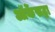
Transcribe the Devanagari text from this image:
ऑर्केसट्रा